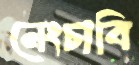
নেংচাবি